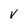
Character: V